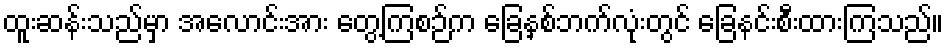
ထူးဆန်းသည်မှာ အလောင်းအား တွေ့ကြစဉ်က ခြေနှစ်ဘက်လုံးတွင် ခြေနင်းစီးထားကြသည်။